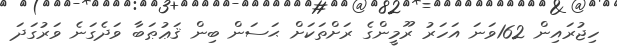
ހިޖުރައިން 162ވަނަ އަހަރު ރޫމީންގެ ރަށްތަކަށް ޙަސަން ބިން ޤަޢުޠަބާ ވަދެގަނެ ވަރުގަދަ